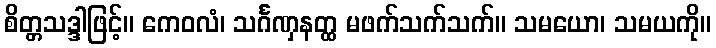
စိတ္တသဒ္ဒါဖြင့်။ ကေဝလံ၊ သင်္ဂဏှနတ္ထ မဖက်သက်သက်။ သမယော၊ သမယကို။